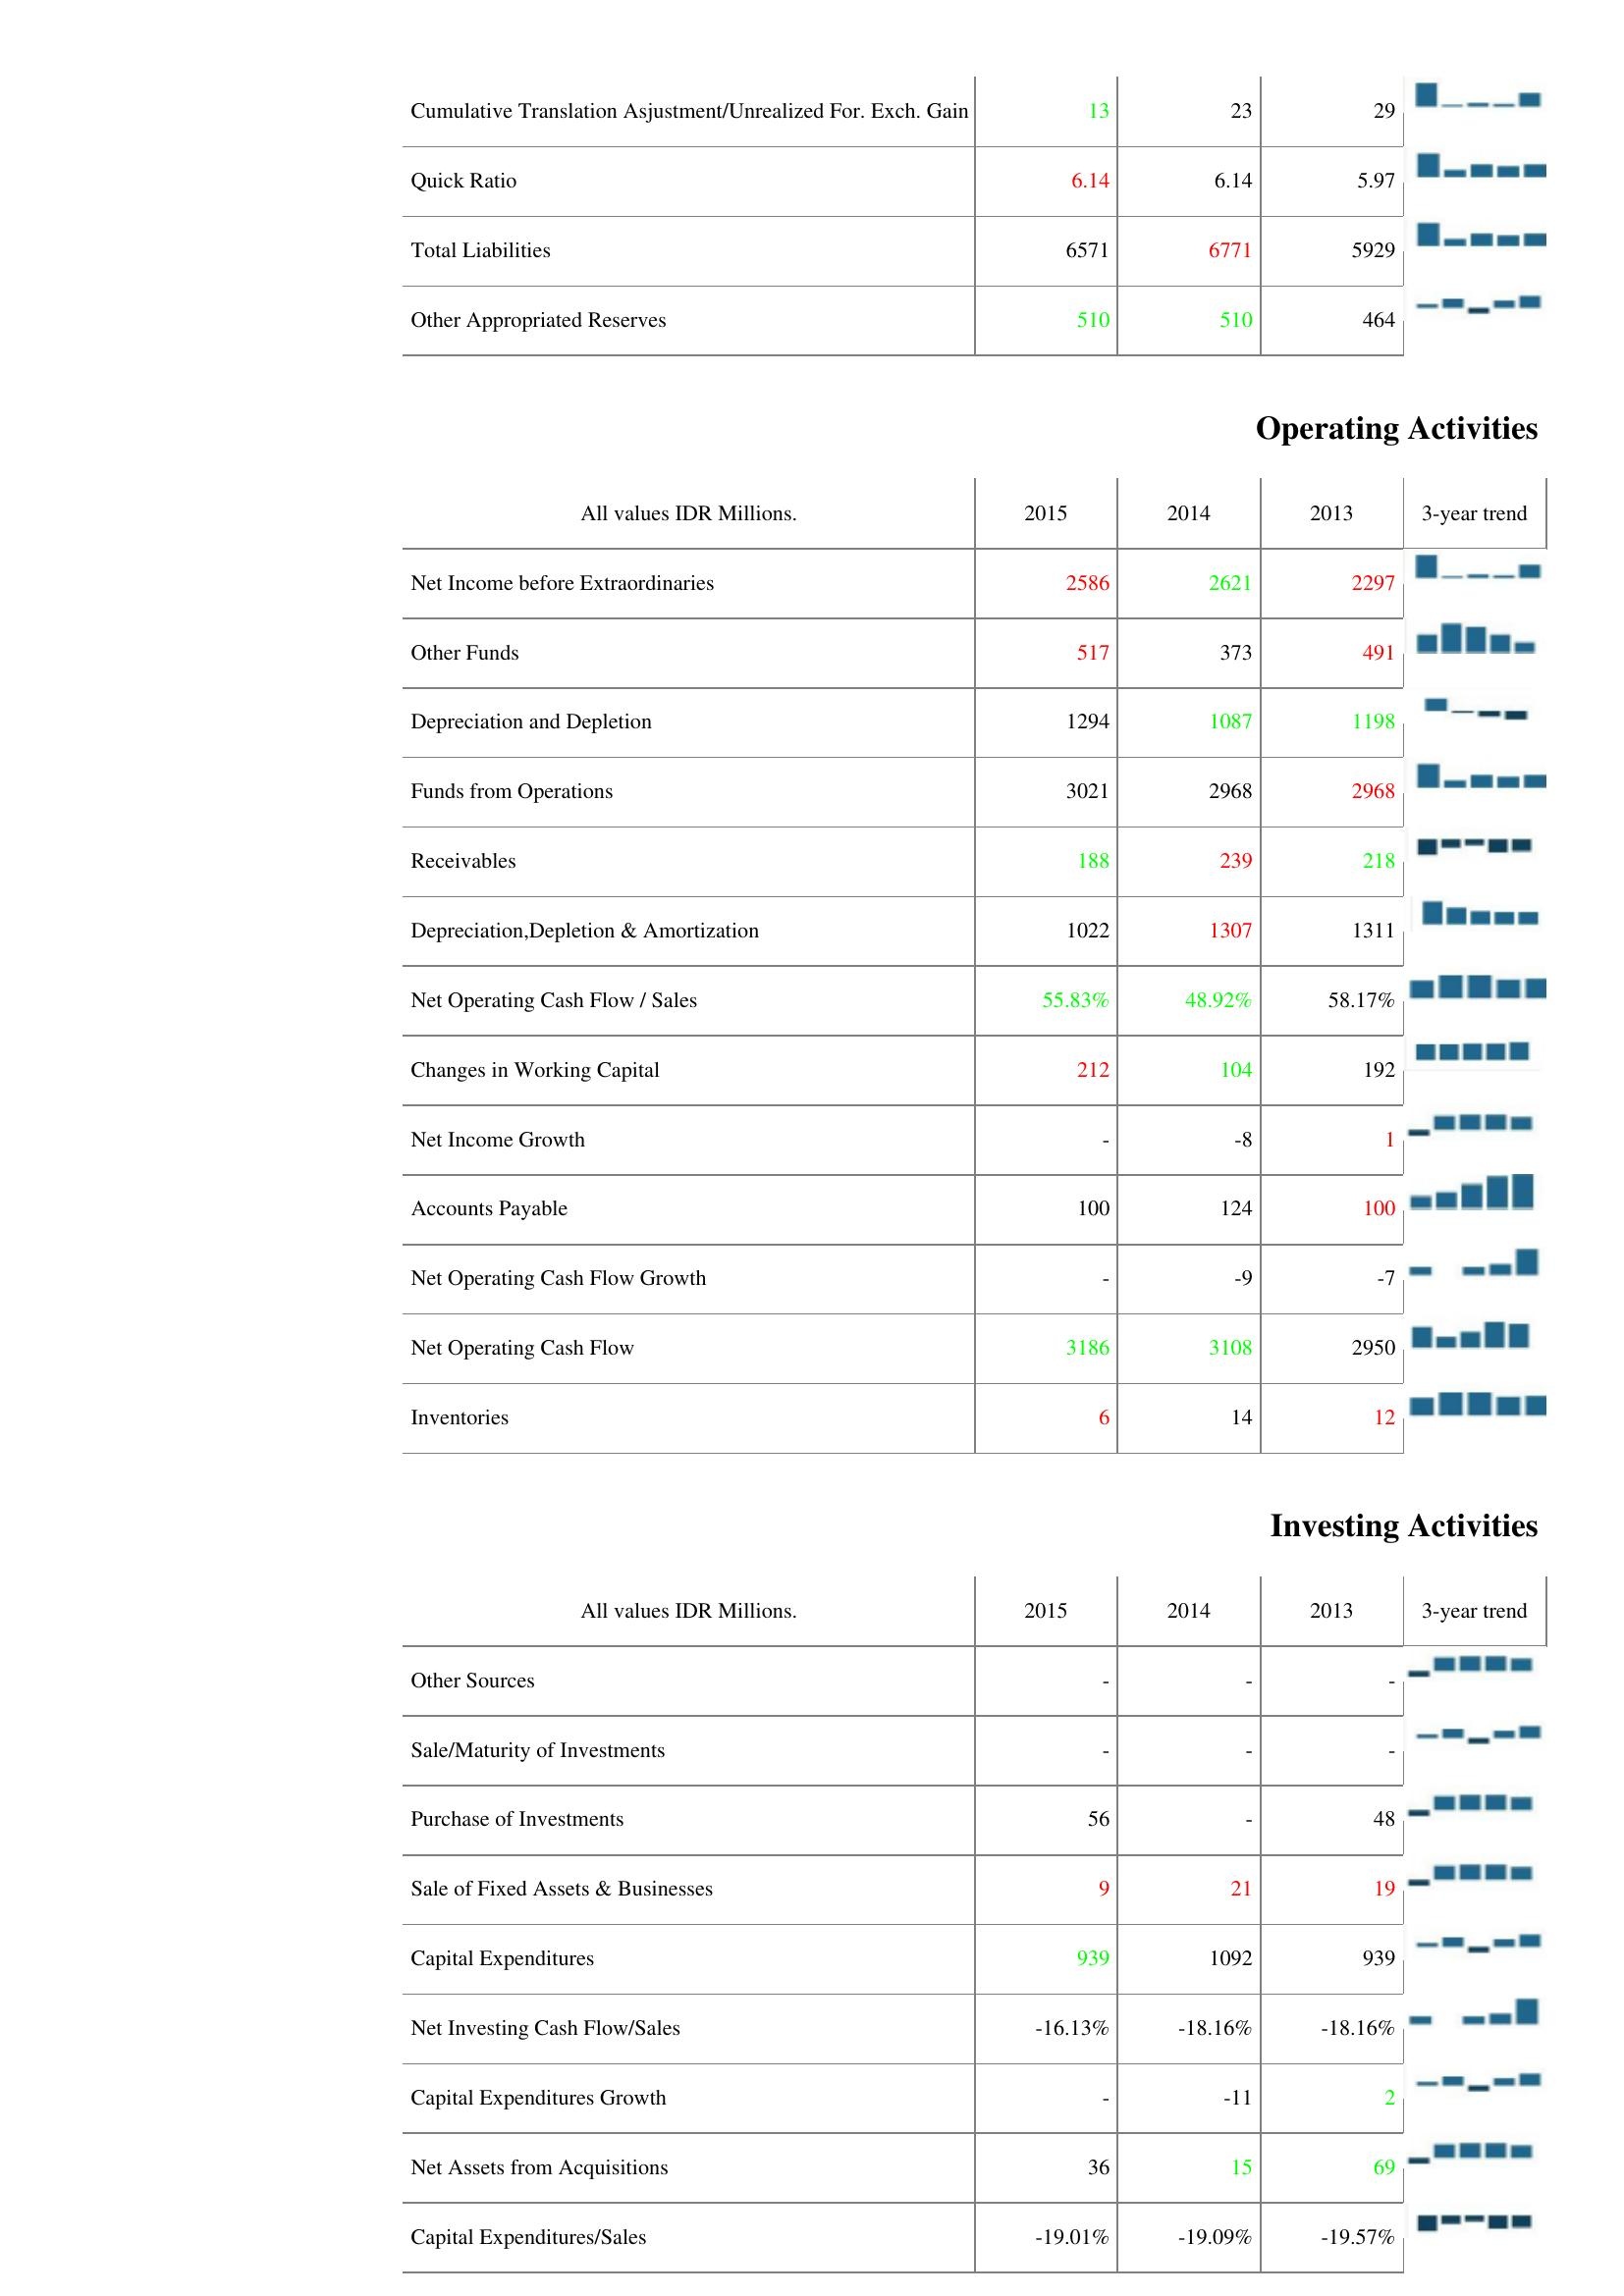
2015: Liabilities & Shareholder's Equity: Cumulative Translation Asjustment/Unrealized For. Exch. Gain: 13
Quick Ratio: 6.14
Total Liabilities: 6571
Other Appropriated Reserves: 510
Operating Activities: Net Income before Extraordinaries: 2586
Other Funds: 517
Depreciation and Depletion: 1294
Funds from Operations: 3021
Receivables: 188
Depreciation,Depletion & Amortization: 1022
Net Operating Cash Flow / Sales: 55.83%
Changes in Working Capital: 212
Net Income Growth: -
Accounts Payable: 100
Net Operating Cash Flow Growth: -
Net Operating Cash Flow: 3186
Inventories: 6
Investing Activities: Other Sources: -
Sale/Maturity of Investments: -
Purchase of Investments: 56
Sale of Fixed Assets & Businesses: 9
Capital Expenditures: 939
Net Investing Cash Flow/Sales: -16.13%
Capital Expenditures Growth: -
Net Assets from Acquisitions: 36
Capital Expenditures/Sales: -19.01%
2014: Liabilities & Shareholder's Equity: Cumulative Translation Asjustment/Unrealized For. Exch. Gain: 23
Quick Ratio: 6.14
Total Liabilities: 6771
Other Appropriated Reserves: 510
Operating Activities: Net Income before Extraordinaries: 2621
Other Funds: 373
Depreciation and Depletion: 1087
Funds from Operations: 2968
Receivables: 239
Depreciation,Depletion & Amortization: 1307
Net Operating Cash Flow / Sales: 48.92%
Changes in Working Capital: 104
Net Income Growth: -8
Accounts Payable: 124
Net Operating Cash Flow Growth: -9
Net Operating Cash Flow: 3108
Inventories: 14
Investing Activities: Other Sources: -
Sale/Maturity of Investments: -
Purchase of Investments: -
Sale of Fixed Assets & Businesses: 21
Capital Expenditures: 1092
Net Investing Cash Flow/Sales: -18.16%
Capital Expenditures Growth: -11
Net Assets from Acquisitions: 15
Capital Expenditures/Sales: -19.09%
2013: Liabilities & Shareholder's Equity: Cumulative Translation Asjustment/Unrealized For. Exch. Gain: 29
Quick Ratio: 5.97
Total Liabilities: 5929
Other Appropriated Reserves: 464
Operating Activities: Net Income before Extraordinaries: 2297
Other Funds: 491
Depreciation and Depletion: 1198
Funds from Operations: 2968
Receivables: 218
Depreciation,Depletion & Amortization: 1311
Net Operating Cash Flow / Sales: 58.17%
Changes in Working Capital: 192
Net Income Growth: 1
Accounts Payable: 100
Net Operating Cash Flow Growth: -7
Net Operating Cash Flow: 2950
Inventories: 12
Investing Activities: Other Sources: -
Sale/Maturity of Investments: -
Purchase of Investments: 48
Sale of Fixed Assets & Businesses: 19
Capital Expenditures: 939
Net Investing Cash Flow/Sales: -18.16%
Capital Expenditures Growth: 2
Net Assets from Acquisitions: 69
Capital Expenditures/Sales: -19.57%